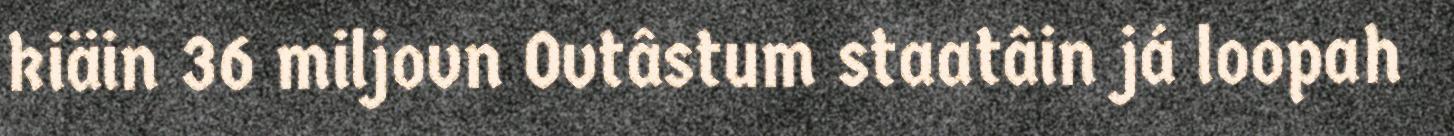
kiäin 36 miljovn Ovtâstum staatâin já loopah